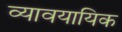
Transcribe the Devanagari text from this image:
व्यावयायिक